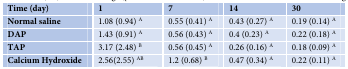
| Time (day) | 1 | 7 | 14 | 30 |
 | --- | --- | --- | --- | --- |
 | Normal saline | 1.08 (0.94) A | 0.55 (0.41) A | 0.43 (0.27) A | 0.19 (0.14) A |
 | DAP | 1.43 (0.91) A | 0.56 (0.43) A | 0.4 (0.23) A | 0.22 (0.18) A |
 | TAP | 3.17 (2.48) B | 0.56 (0.45) A | 0.26 (0.16) A | 0.18 (0.09) A |
 | Calcium Hydroxide | 2.56(2.55) AB | 1.2 (0.68) B | 0.47 (0.34) A | 0.22 (0.11) A |